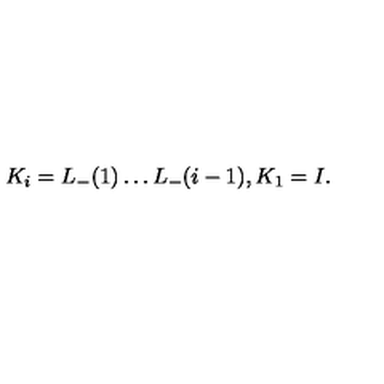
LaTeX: K _ { i } = L _ { - } ( 1 ) \dots L _ { - } ( i - 1 ) , K _ { 1 } = I .